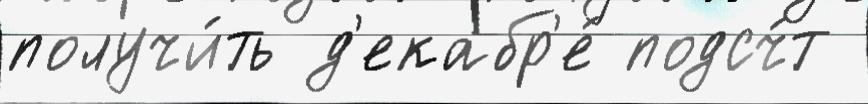
получи́ть д'екабр'е́ подсч́т